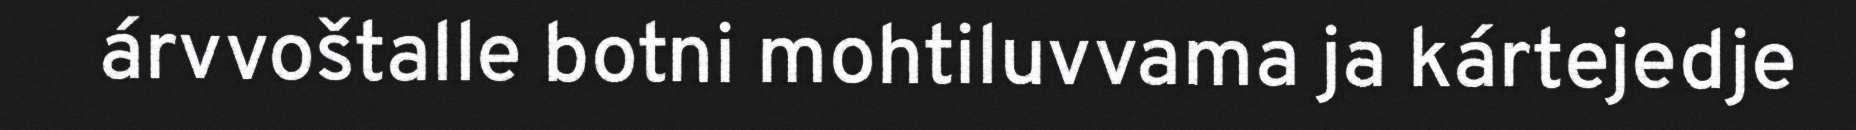
árvvoštalle botni mohtiluvvama ja kártejedje